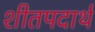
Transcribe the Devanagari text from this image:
शीतपदार्थ